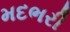
મદભરી